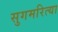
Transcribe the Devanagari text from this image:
सुगमरित्या